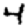
Digit: 4